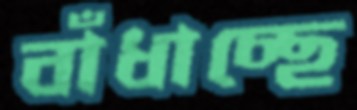
বাঁধাচ্ছে